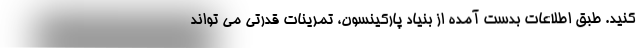
کنید. طبق اطلاعات بدست آمده از بنیاد پارکینسون، تمرینات قدرتی می تواند